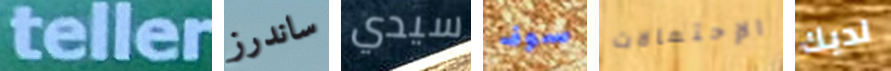
teller ساندرز سيدي سوف الإحتمالات لديك